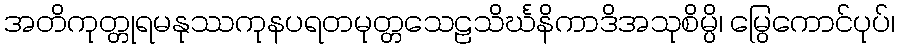
အတိကုတ္တုရမနုဿကုနပရတမုတ္တသေဠသိင်္ဃနိကာဒိအသုစိမ္ပိ၊ မြွေကောင်ပုပ်၊